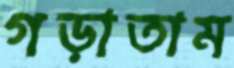
গড়াতাম